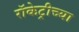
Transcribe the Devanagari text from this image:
रॉकेट्रीच्या